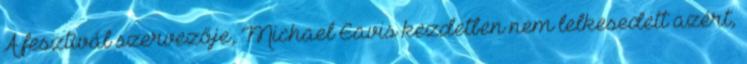
A fesztivál szervezője, Michael Eavis kezdetben nem lelkesedett azért,